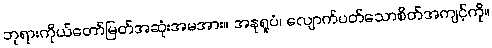
ဘုရားကိုယ်တော်မြတ်အဆုံးအမအား။ အနုရူပံ၊ လျောက်ပတ်သောစိတ်အကျင့်ကို။